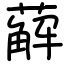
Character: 薢